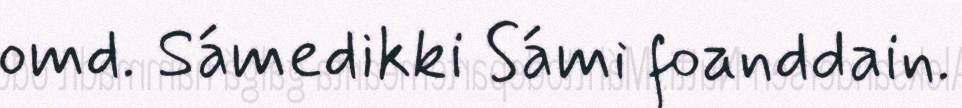
omd. Sámedikki Sámi foanddain.